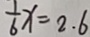
\frac { 1 } { 6 } x = 2 . 6